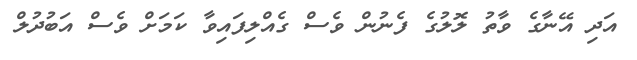
އަދި އޭނާގެ ވާތު ލޮލުގެ ފެނުން ވެސް ގެއްލިފައިވާ ކަމަށް ވެސް އަބުދުލް